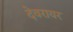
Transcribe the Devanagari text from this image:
देवरायर